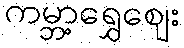
ကမ္ဘာ့ရွှေဈေး